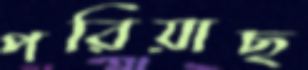
পরিয়াছ